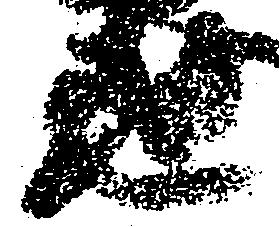
世